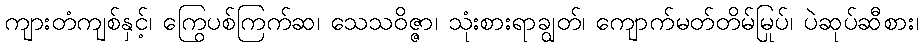
ကျားတံကျစ်နှင့်၊ ကြွေပစ်ကြက်ဆ၊ သေသဝိဇ္ဇာ၊ သုံးစားရာချွတ်၊ ကျောက်မတ်တိမ်မြုပ်၊ ပဲဆုပ်ဆီစား၊